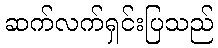
ဆက်လက်ရှင်းပြသည်